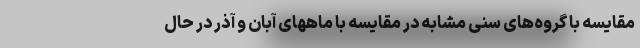
مقایسه با گروه‌های سنی مشابه در مقایسه با ماههای آبان و آذر در حال